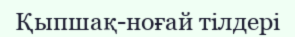
Қыпшақ-ноғай тілдері